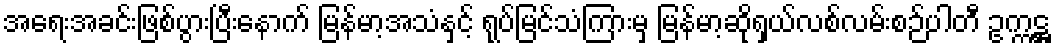
အရေးအခင်းဖြစ်ပွားပြီးနောက် မြန်မာ့အသံနှင့် ရုပ်မြင်သံကြားမှ မြန်မာ့ဆိုရှယ်လစ်လမ်းစဉ်ပါတီ ဥက္ကဋ္ဌ